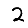
Digit: 2